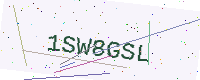
Text: 1SW8GSL